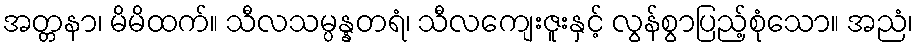
အတ္တနာ၊ မိမိထက်။ သီလသမ္ပန္နတရံ၊ သီလကျေးဇူးနှင့် လွန်စွာပြည့်စုံသော။ အညံ၊